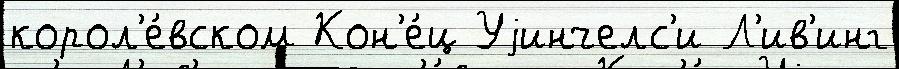
корол'е́вском Кон'е́ц Уjинчелс'и Л'ив'инг